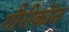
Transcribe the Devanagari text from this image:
गौरीकॉत